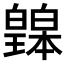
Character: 𤾲